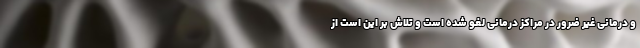
و درمانی غیر ضرور در مراکز درمانی لغو شده است و تلاش بر این است از